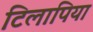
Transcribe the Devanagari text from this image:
टिलापिया